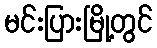
မင်းပြားမြို့တွင်